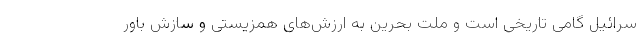
سرائیل گامی تاریخی است و ملت بحرین به ارزش‌های همزیستی و سازش باور